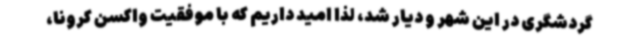
گردشگری در این شهر و دیار شد، لذا امید داریم که با موفقیت واکسن کرونا،